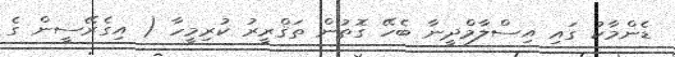
ޑެންމާކު ގައި އިސްލާމްދީނާ ބެހޭ ގޮތުން ތަޤްރީރު ކުރިމީހާ ( އިގެރޭސީން ގެ